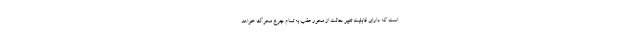
است که دارای قابلیت تغییر حالت از محور عقب به تمام چرخ محرک خواهد